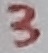
Text: 3